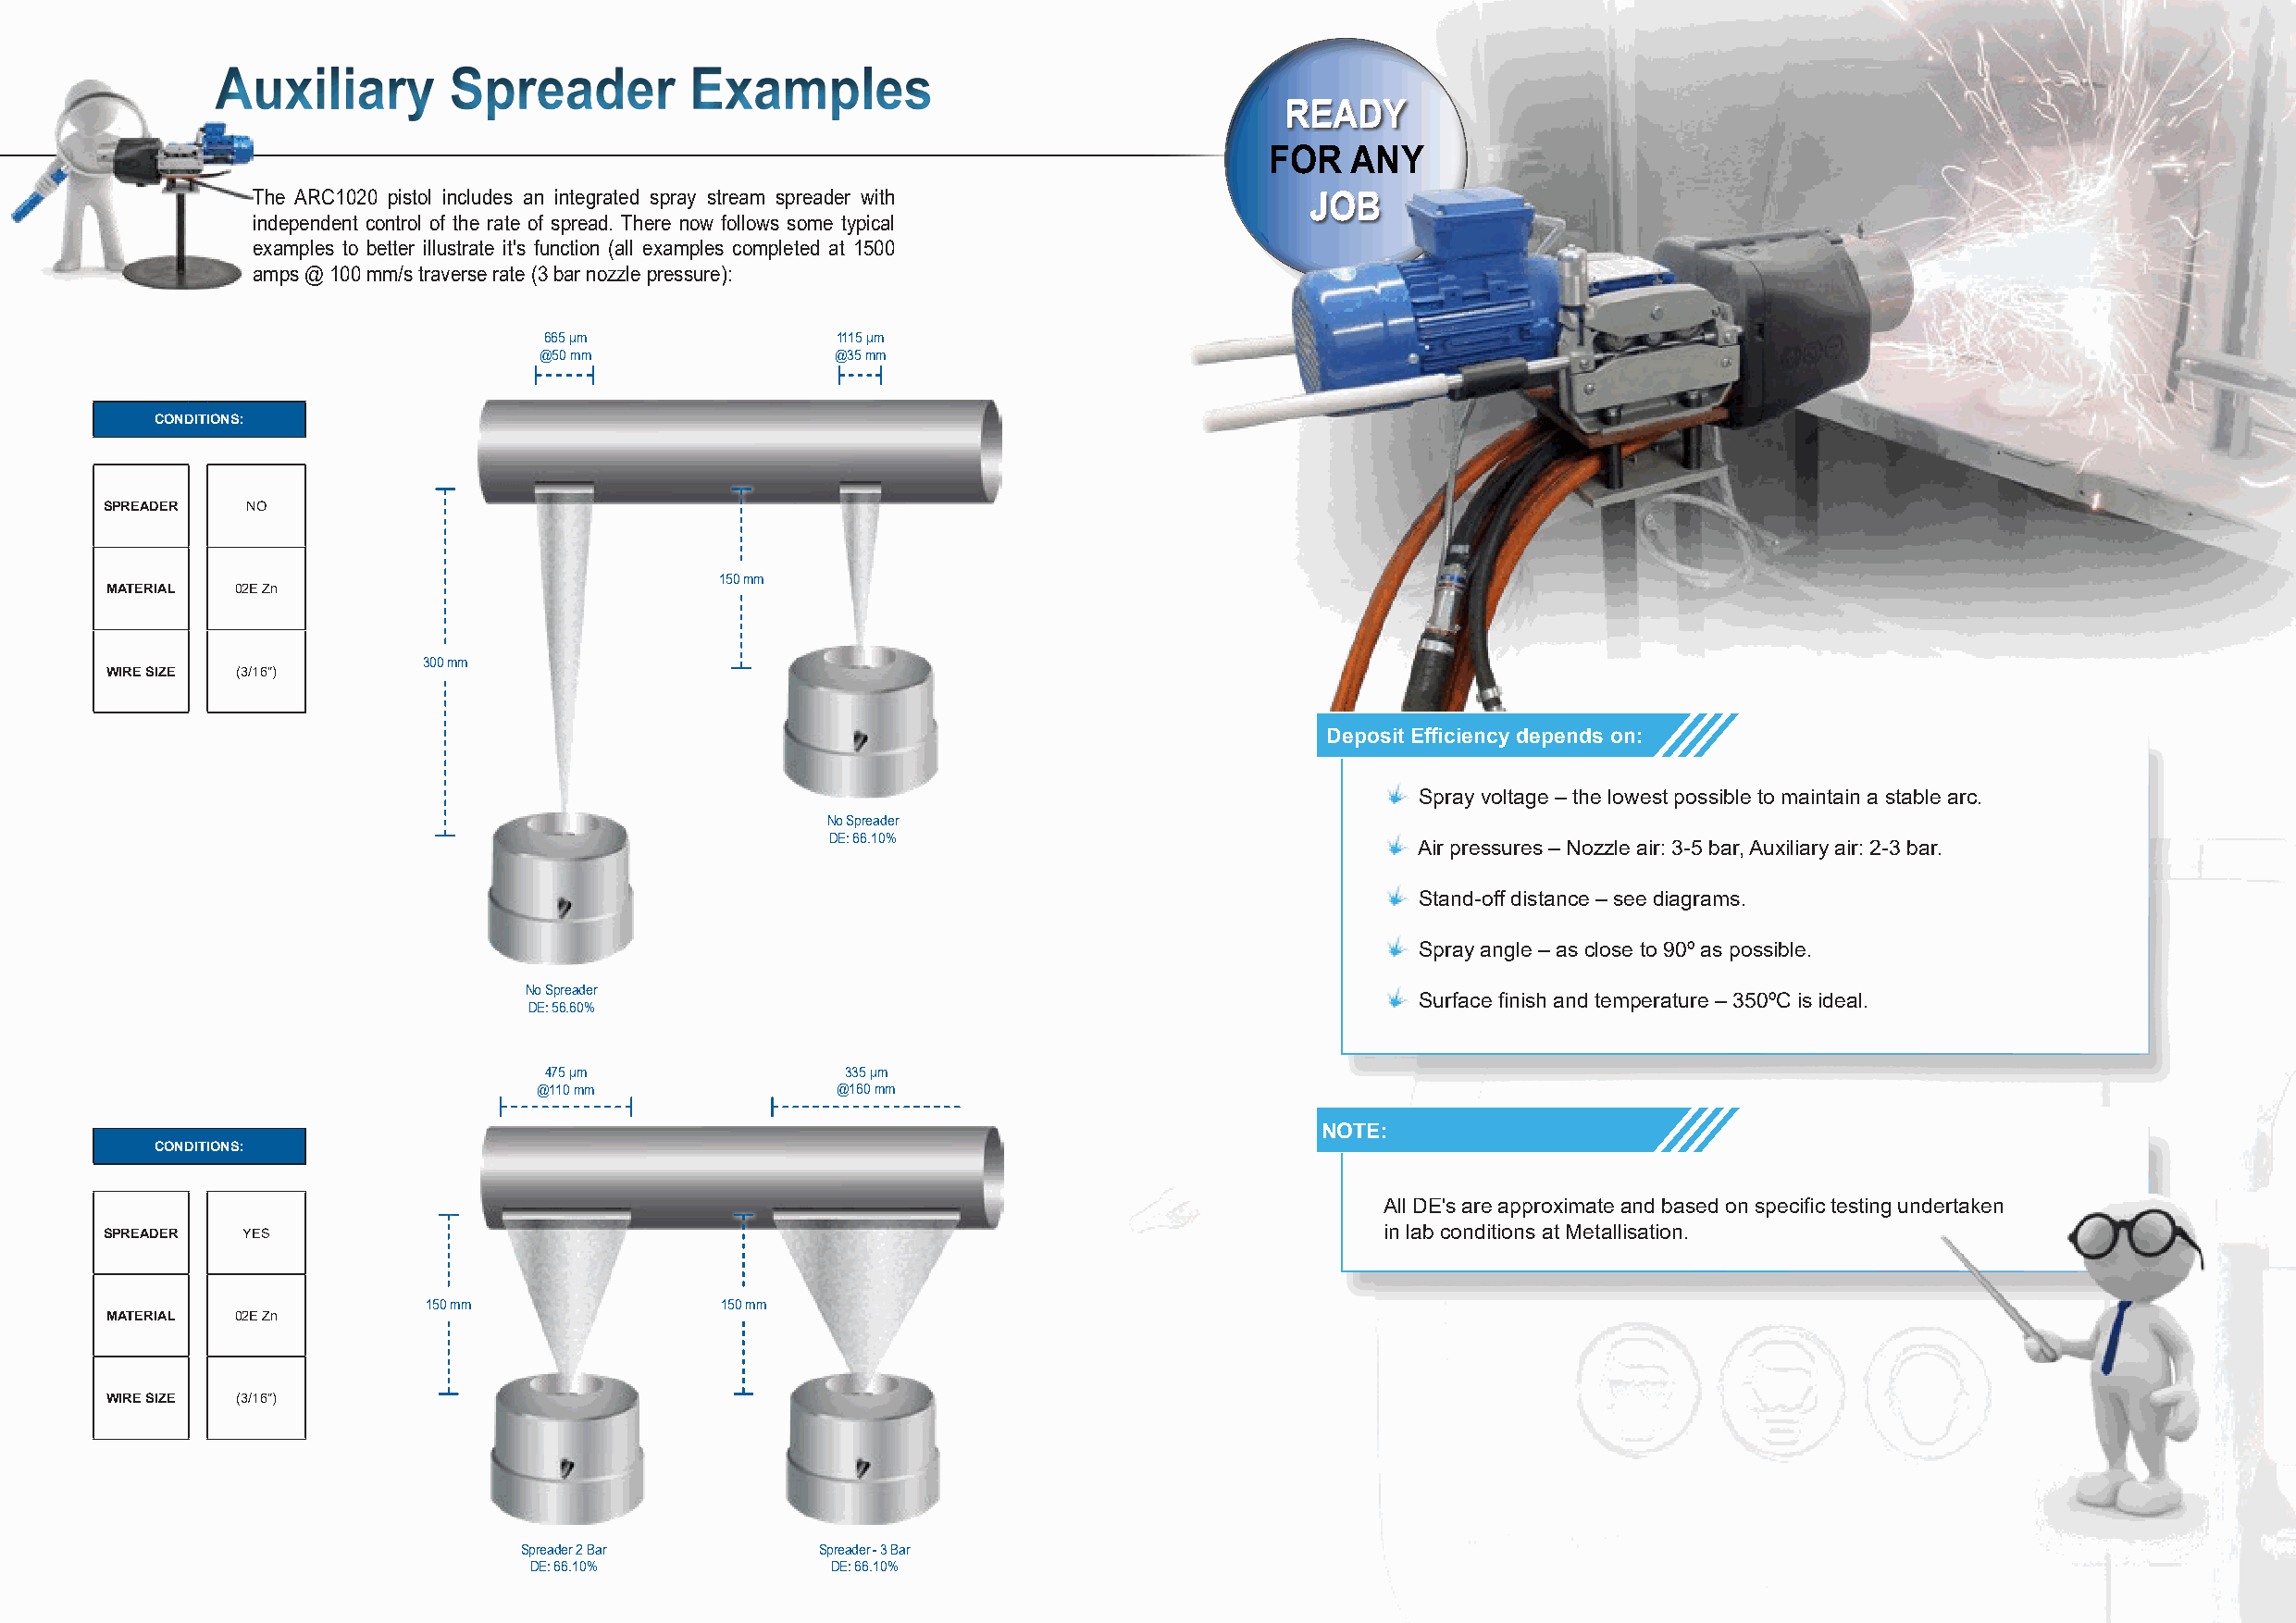
Auxiliary        Spreader         Examples
 RREEAADDYY
 FOR   ANY
 The ARC1020 pistol includes an integrated spray stream spreader with        JJOOBB
 independent control of the rate of spread. There now follows some typical
 examples to better illustrate it's function (all examples completed at 1500
 amps @ 100 mm/s traverse rate (3 bar nozzle pressure):
 665 µm               1115 µm
 @50 mm               @35 mm
 CONDITIONS:
 SPREADER   NO
 150 mm
 MATERIAL 02E Zn
 300 mm
 WIRE SIZE (3/16")
 Deposit Efficiency depends on:
 Spray voltage – the lowest possible to maintain a stable arc.
 No Spreader
 DE: 66.10%
 Air pressures – Nozzle air: 3-5 bar, Auxiliary air: 2-3 bar.
 Stand-off distance – see diagrams.
 Spray angle – as close to 90º as possible.
 No Spreader
 Surface finish and temperature – 350ºC is ideal.
 DE: 56.60%
 475 µm               335 µm
 @110 mm               @160 mm
 NOTE:
 CONDITIONS:
 All DE's are approximate and based on specific testing undertaken
 SPREADER  YES                                                                               in lab conditions at Metallisation.
 150 mm                150 mm
 MATERIAL 02E Zn
 WIRE SIZE (3/16")
 Spreader 2 Bar        Spreader - 3 Bar
 DE: 66.10%           DE: 66.10%